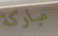
مباركة